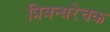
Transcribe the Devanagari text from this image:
त्रिबन्धरेचक